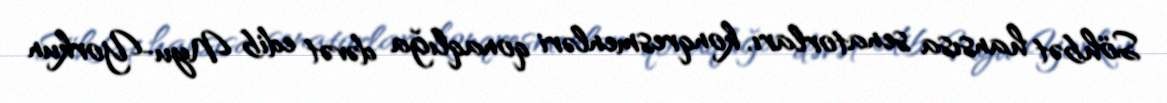
Söhbət hansısa senatorları, konqresmenləri qonaqlığa dəvət edib Nyu-Yorkun